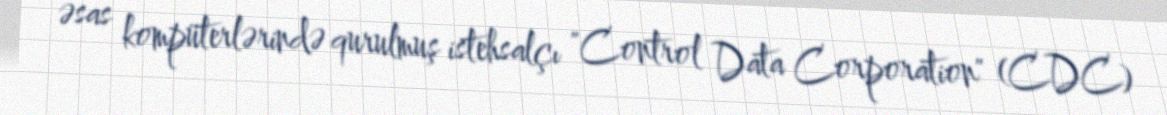
əsas kompüterlərində qurulmuş istehsalçı "Control Data Corporation" (CDC)